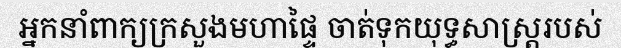
អ្នកនាំពាក្យក្រសួងមហាផ្ទៃ ចាត់ទុកយុទ្ធសាស្ត្ររបស់